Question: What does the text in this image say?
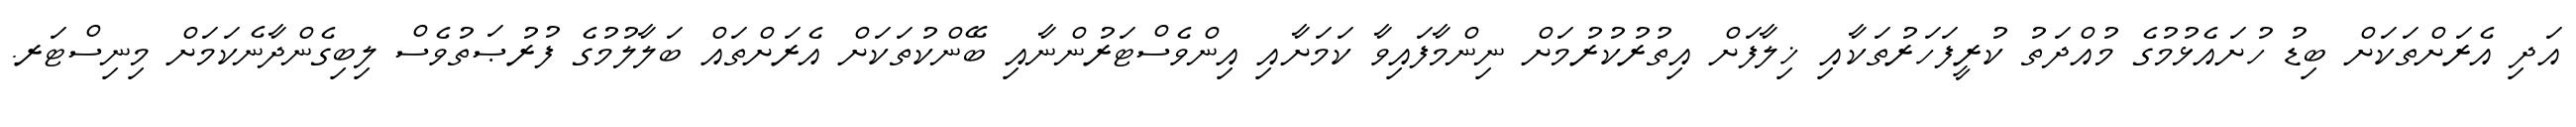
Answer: އަދި އެރަށްތަކަށް ބިޑު ހުށައެޅުމުގެ މުއްދަތު ކުރީފަހަރުތަކާއި ޚިލާފަށް އިތުރުކުރުމަށް ނިންމާފައިވާ ކަމަށާއި އިންވެސްޓަރުންނާއި ބޭންކުތަކަށް އެރަށްތައް ބަލާލުމުގެ ފުރުޞަތުވެސް ލިބިގެންދާނެކަމަށް މިނިސްޓަރ.